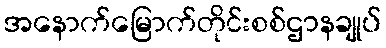
အနောက်မြောက်တိုင်းစစ်ဌာနချုပ်